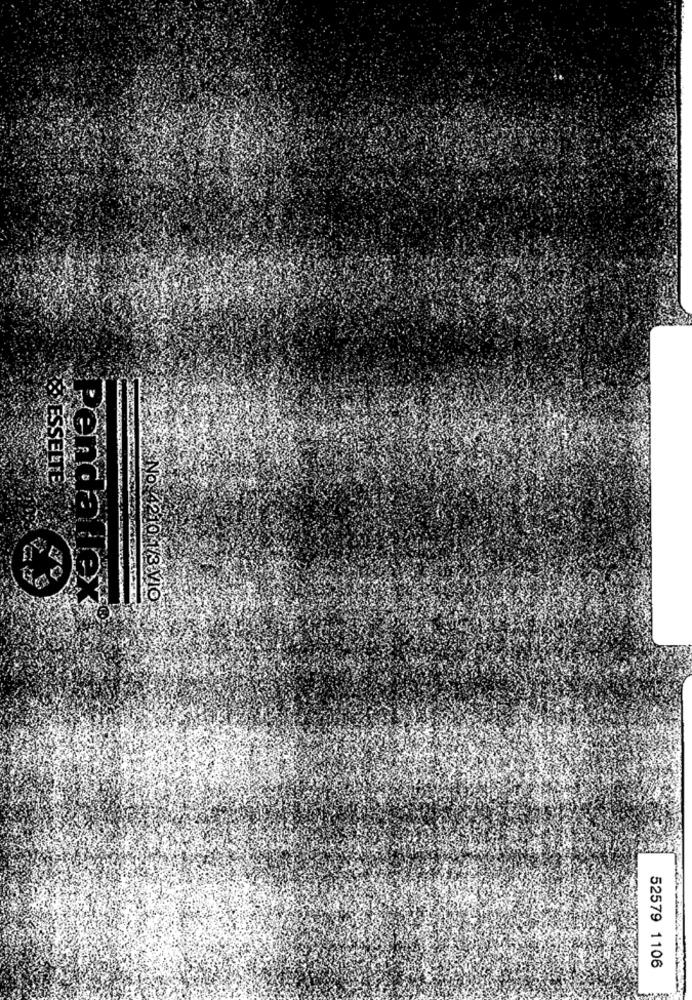
ESSELTE
70
Pendallex
No 4210 41/3 V10
52579 1106